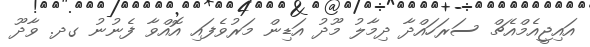
އައިޖީއެމްއެޗް ސަރަހައްދާ ދިމާލު މޫދު އަޑިން މަރުވެފައި އޮއްވާ ފެނުނު ގދ. ވާދޫ